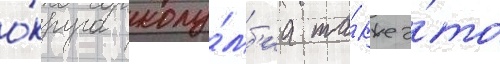
о́круга колу́мб'иа та́кже э́то